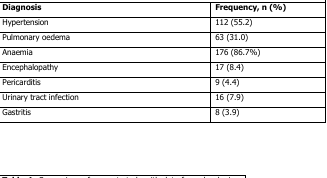
<table><thead><tr><td><b>Diagnosis</b></td><td><b>Frequency, n (%)</b></td></tr></thead><tbody><tr><td>Hypertension</td><td>112 (55.2)</td></tr><tr><td>Pulmonary oedema</td><td>63 (31.0)</td></tr><tr><td>Anaemia</td><td>176 (86.7%)</td></tr><tr><td>Encephalopathy</td><td>17 (8.4)</td></tr><tr><td>Pericarditis</td><td>9 (4.4)</td></tr><tr><td>Urinary tract infection</td><td>16 (7.9)</td></tr><tr><td>Gastritis</td><td>8 (3.9)</td></tr></tbody></table>